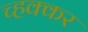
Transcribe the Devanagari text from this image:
च्हक्कर